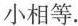
小相等.